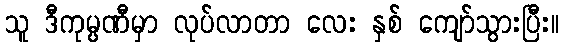
သူ ဒီကုမ္ပဏီမှာ လုပ်လာတာ လေး နှစ် ကျော်သွားပြီး။